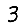
Digit: 3